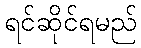
ရင်ဆိုင်ရမည်